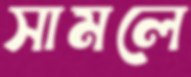
সামলে